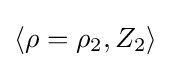
\left\langle \rho =\rho _{2},Z_{2}\right\rangle